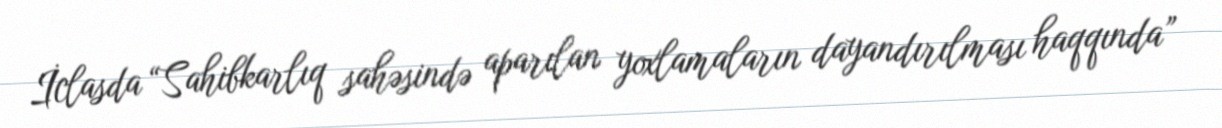
İclasda “Sahibkarlıq sahəsində aparılan yoxlamaların dayandırılması haqqında”